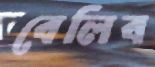
বেলিব